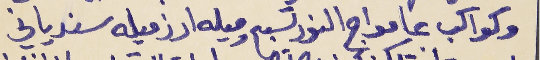
وكواكب عا مواج النور تسبح      وميله ارز ميله سندياني